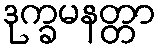
ဒုက္ခမနတ္တာ